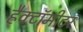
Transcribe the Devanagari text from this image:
हैक्टॉमीटर